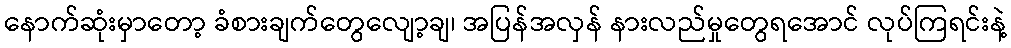
နောက်ဆုံးမှာတော့ ခံစားချက်တွေလျော့ချ၊ အပြန်အလှန် နားလည်မှုတွေရအောင် လုပ်ကြရင်းနဲ့